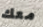
معك